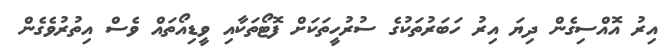
އިރު އޮއްސިގެން ދިޔަ އިރު ހަބަރުތަކުގެ ސުރުހީތަކަށް ފޮޓޯތަކާއި ވީޑިއޯތައް ވެސް އިތުރުވެގެން